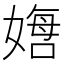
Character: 𫱙